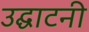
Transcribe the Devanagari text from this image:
उद्घाटनी